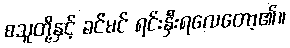
စသူတို့နှင့် ခင်မင် ရင်းနှီးရလေတော့၏။